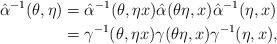
LaTeX: \begin{align*}\hat{\alpha}^{-1}(\theta, \eta)&=\hat{\alpha}^{-1}(\theta, \eta x)\hat{\alpha}(\theta\eta, x)\hat{\alpha}^{-1}(\eta, x)\\&=\gamma^{-1}(\theta,\eta x)\gamma(\theta\eta,x)\gamma^{-1}(\eta,x),\end{align*}